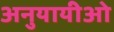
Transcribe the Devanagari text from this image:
अनुयायीओ